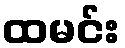
ထမင်း